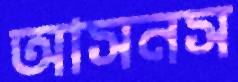
আসনস